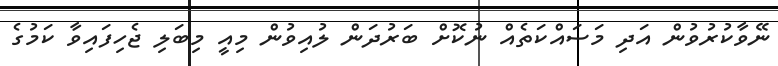
ނޭވާކުރުވުން އަދި މަސައްކަތެއް ނުކޮށް ބަރުދަން ލުއިވުން މިއީ މިބަލި ޖެހިފައިވާ ކަމުގެ